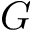
G